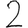
Digit: 2